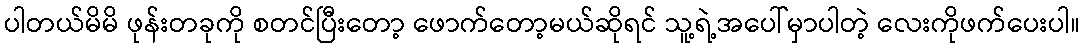
ပါတယ်မိမိ ဖုန်းတခုကို စတင်ပြီးတော့ ဖောက်တော့မယ်ဆိုရင် သူ့ရဲ့အပေါ်မှာပါတဲ့ လေးကိုဖက်ပေးပါ။